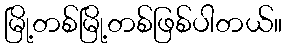
မြို့တစ်မြို့တစ်ဖြစ်ပါတယ်။